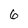
Character: 6